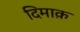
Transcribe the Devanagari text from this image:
दिमाक़